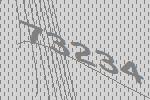
73234